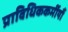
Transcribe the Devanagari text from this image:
प्राविधिककर्मीयौं